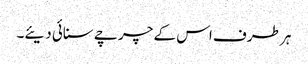
ہر طرف اس کے چرچے سنائی دیئے۔